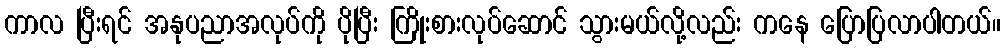
ကာလ ပြီးရင် အနုပညာအလုပ်ကို ပိုပြီး ကြိုးစားလုပ်ဆောင် သွားမယ်လို့လည်း ကနေ ပြောပြလာပါတယ်။